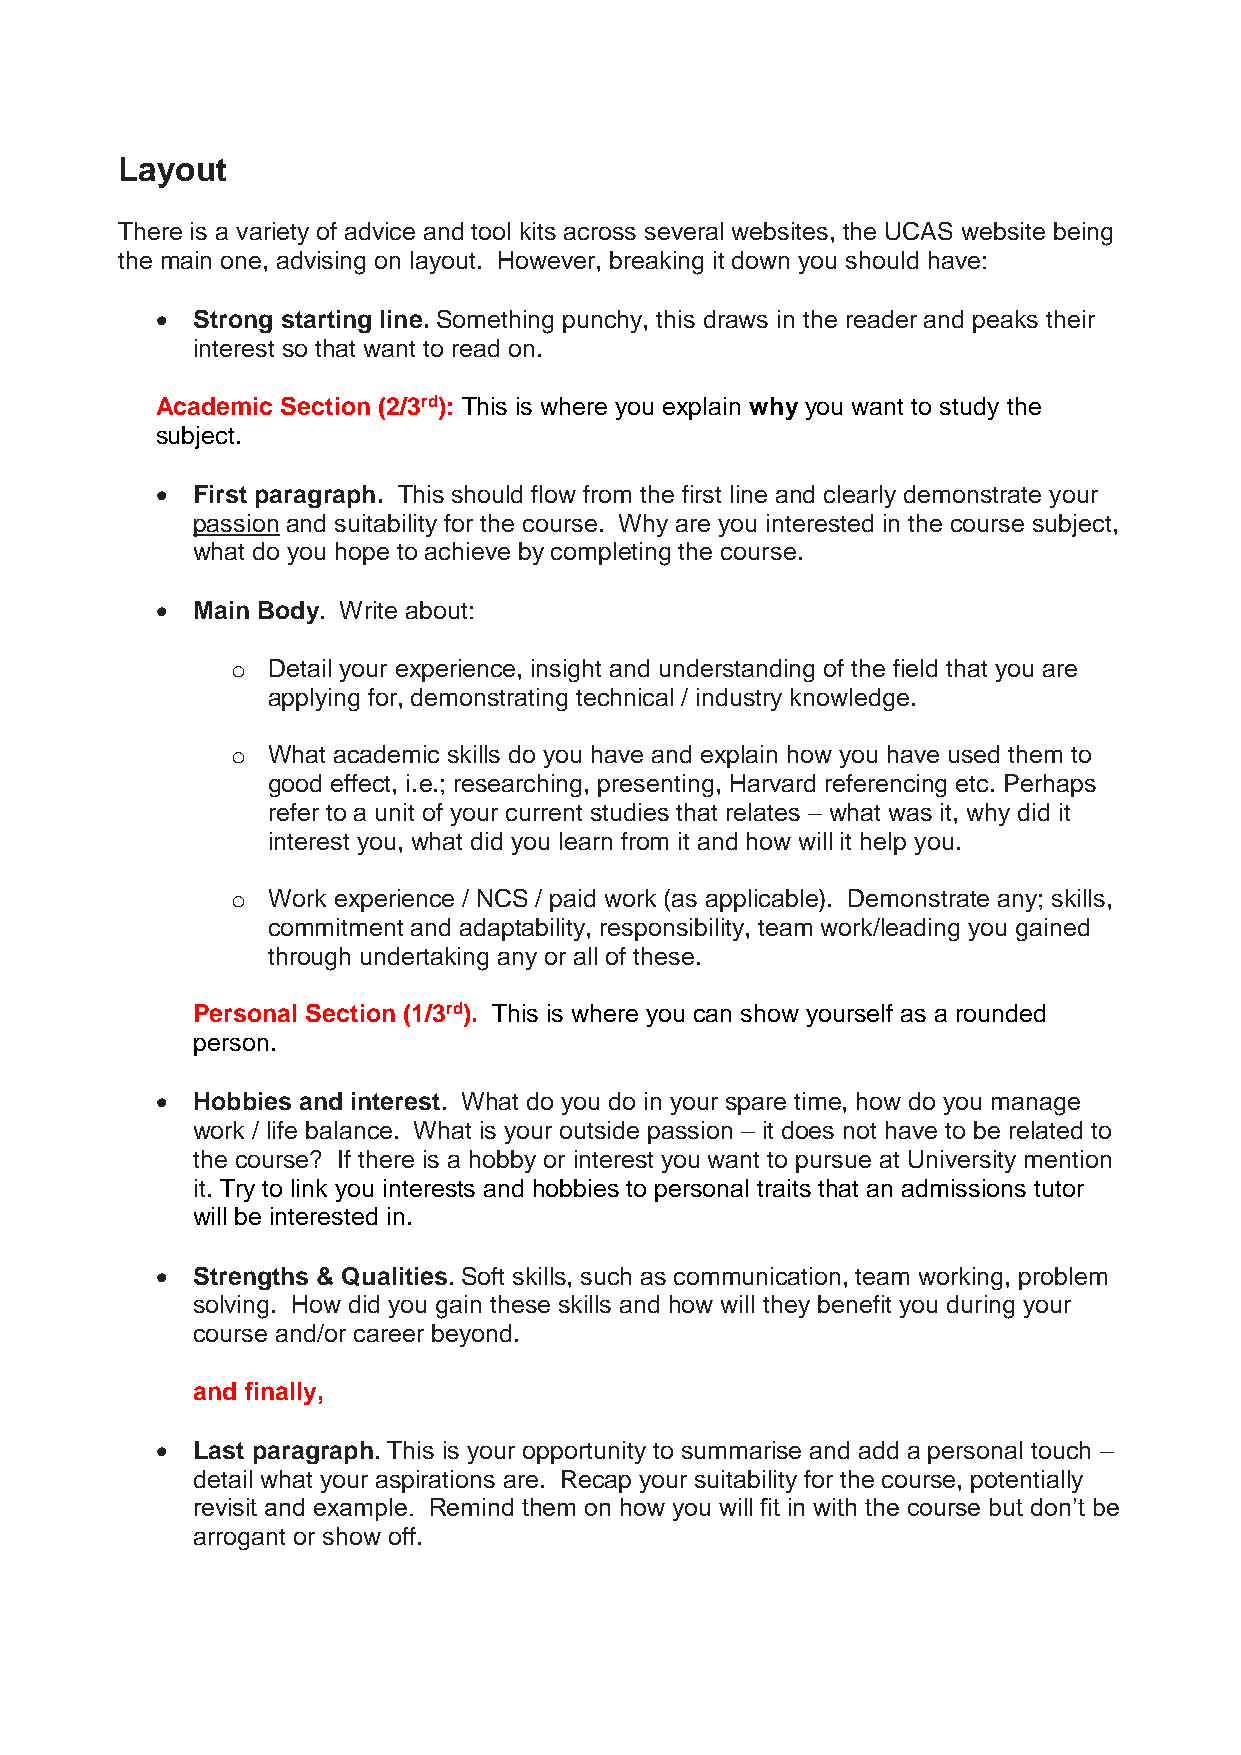
Layout
 There is a variety of advice and tool kits across several websites, the UCAS website being
 the main one, advising on layout. However, breaking it down you should have:
   Strong starting line. Something punchy, this draws in the reader and peaks their
 interest so that want to read on.
 Academic Section (2/3rd): This is where you explain why you want to study the
 subject.
   First paragraph. This should flow from the first line and clearly demonstrate your
 passion and suitability for the course. Why are you interested in the course subject,
 what do you hope to achieve by completing the course.
   Main Body. Write about:
 o  Detail your experience, insight and understanding of the field that you are
 applying for, demonstrating technical / industry knowledge.
 o  What academic skills do you have and explain how you have used them to
 good effect, i.e.; researching, presenting, Harvard referencing etc. Perhaps
 refer to a unit of your current studies that relates – what was it, why did it
 interest you, what did you learn from it and how will it help you.
 o  Work experience / NCS / paid work (as applicable). Demonstrate any; skills,
 commitment and adaptability, responsibility, team work/leading you gained
 through undertaking any or all of these.
 Personal Section (1/3rd). This is where you can show yourself as a rounded
 person.
   Hobbies and interest. What do you do in your spare time, how do you manage
 work / life balance. What is your outside passion – it does not have to be related to
 the course? If there is a hobby or interest you want to pursue at University mention
 it. Try to link you interests and hobbies to personal traits that an admissions tutor
 will be interested in.
   Strengths & Qualities. Soft skills, such as communication, team working, problem
 solving. How did you gain these skills and how will they benefit you during your
 course and/or career beyond.
 and finally,
   Last paragraph. This is your opportunity to summarise and add a personal touch –
 detail what your aspirations are. Recap your suitability for the course, potentially
 revisit and example. Remind them on how you will fit in with the course but don’t be
 arrogant or show off.